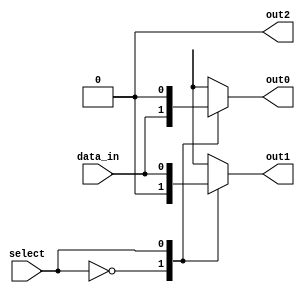
module demultiplexer(input wire data_in, input wire select, output reg out0, output reg out1, output reg out2);

    always @ (data_in, select)
    begin
        case (select)
            2'b00: begin
                out0 = data_in;
                out1 = 0;
                out2 = 0;
            end
            2'b01: begin
                out0 = 0;
                out1 = data_in;
                out2 = 0;
            end
            2'b10: begin
                out0 = 0;
                out1 = 0;
                out2 = data_in;
            end
            default: begin
                out0 = 0;
                out1 = 0;
                out2 = 0;
            end
        endcase
    end

endmodule